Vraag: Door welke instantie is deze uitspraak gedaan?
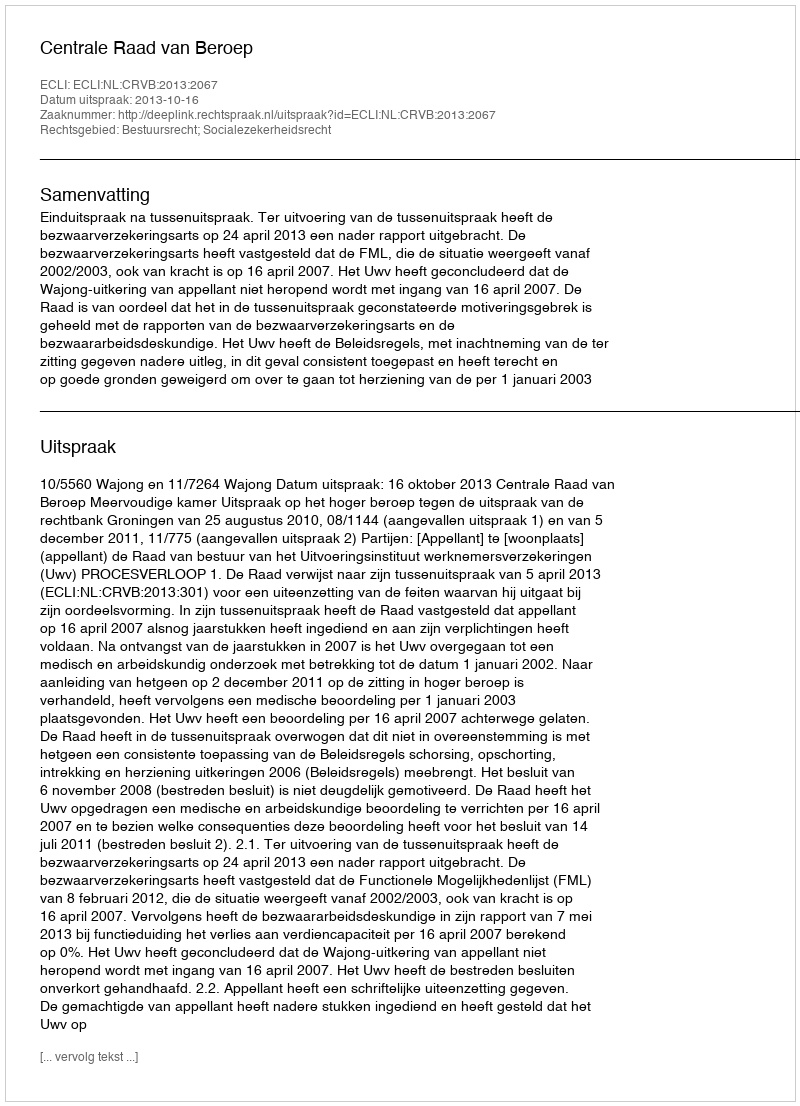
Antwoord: Centrale Raad van Beroep